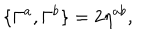
LaTeX: \{ \Gamma ^ { a } , \Gamma ^ { b } \} = 2 \eta ^ { a b } ,